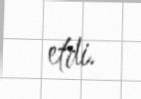
etdi.